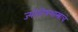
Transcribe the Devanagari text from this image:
ज्योतिषशास्त्राचे